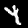
Digit: 4